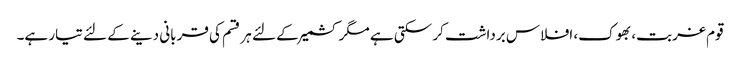
قوم غربت، بھوک، افلاس برداشت کر سکتی ہے مگر کشمیر کے لئے ہر قسم کی قربانی دینے کے لئے تیار ہے۔